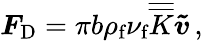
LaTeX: \boldsymbol{F}_{\textup{D}}=\pi b\rho_{\textup{f}}{\nu_{\textup{f}}}\overline{{\overline{{K}}}}\boldsymbol{\tilde{v}}\, ,